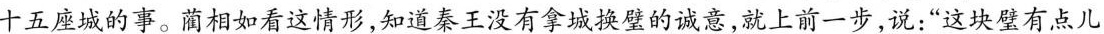
十五座城的事。蔺相如看这情形，知道秦王没有拿城换璧的诚意，就上前一步，说：”这块壁有点儿